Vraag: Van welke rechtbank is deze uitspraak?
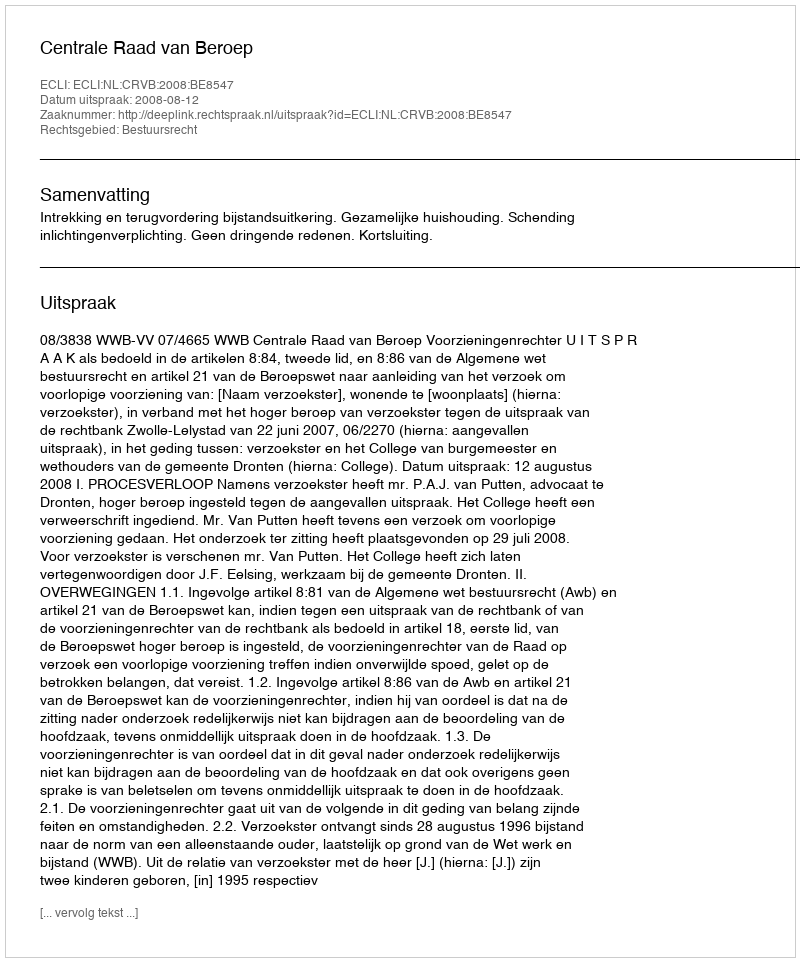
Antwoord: Centrale Raad van Beroep